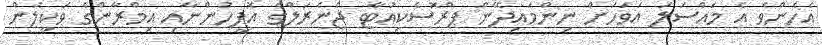
އެހެންވެ އެ މައްސަލަ އަވަހަށް ނިންމައިދޭން ޕްރޮސެކިއުޓާ ޖެނެރަލްގެ އޮފީހުންނާއި އިމްރާންގެ ވަކީލުން